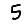
Digit: 5